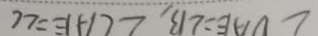
\angle D A E = \angle B , \angle C A E = \angle C